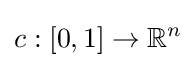
c:[0,1]\to \mathbb {R} ^{n}